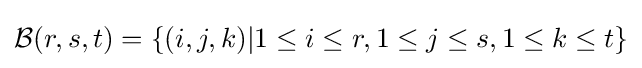
{\mathcal {B}}(r,s,t)=\{(i,j,k)|1\leq i\leq r,1\leq j\leq s,1\leq k\leq t\}